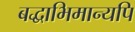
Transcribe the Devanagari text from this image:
बद्धाभिमान्यपि